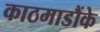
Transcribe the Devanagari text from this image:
काठमाडौंके